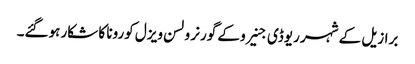
برازیل کے شہر ریوڈی جنیرو کے گورنر ولسن ویزل کورونا کا شکار ہوگئے۔